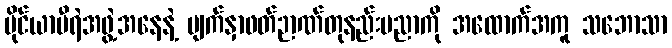
မိုင်ယာမီရဲအဖွဲ့အနေနဲ့ မျက်နှာဖတ်ဉာဏ်တုနည်းပညာကို အထောက်အကူ သဘောသာ